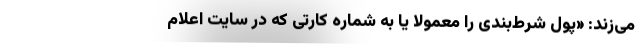
می‌زند: «پول شرط‌بندی را معمولاً یا به شماره کارتی که در سایت اعلام